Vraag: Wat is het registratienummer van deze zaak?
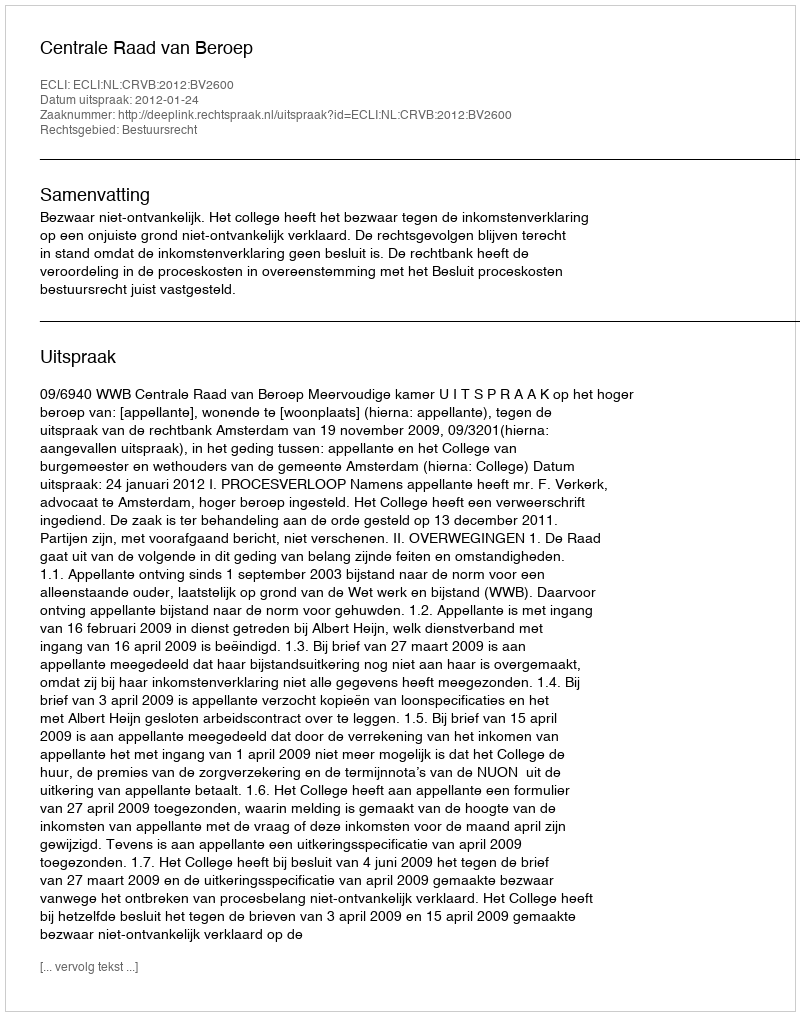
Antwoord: http://deeplink.rechtspraak.nl/uitspraak?id=ECLI:NL:CRVB:2012:BV2600